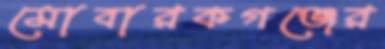
মোবারকগঞ্জের